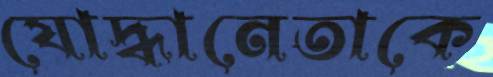
যোদ্ধানেতাকে